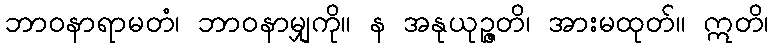
ဘာဝနာရာမတံ၊ ဘာဝနာမျှကို။ န အနုယုဉ္ဇတိ၊ အားမထုတ်။ ဣတိ၊